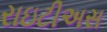
રાઇટીઅસ